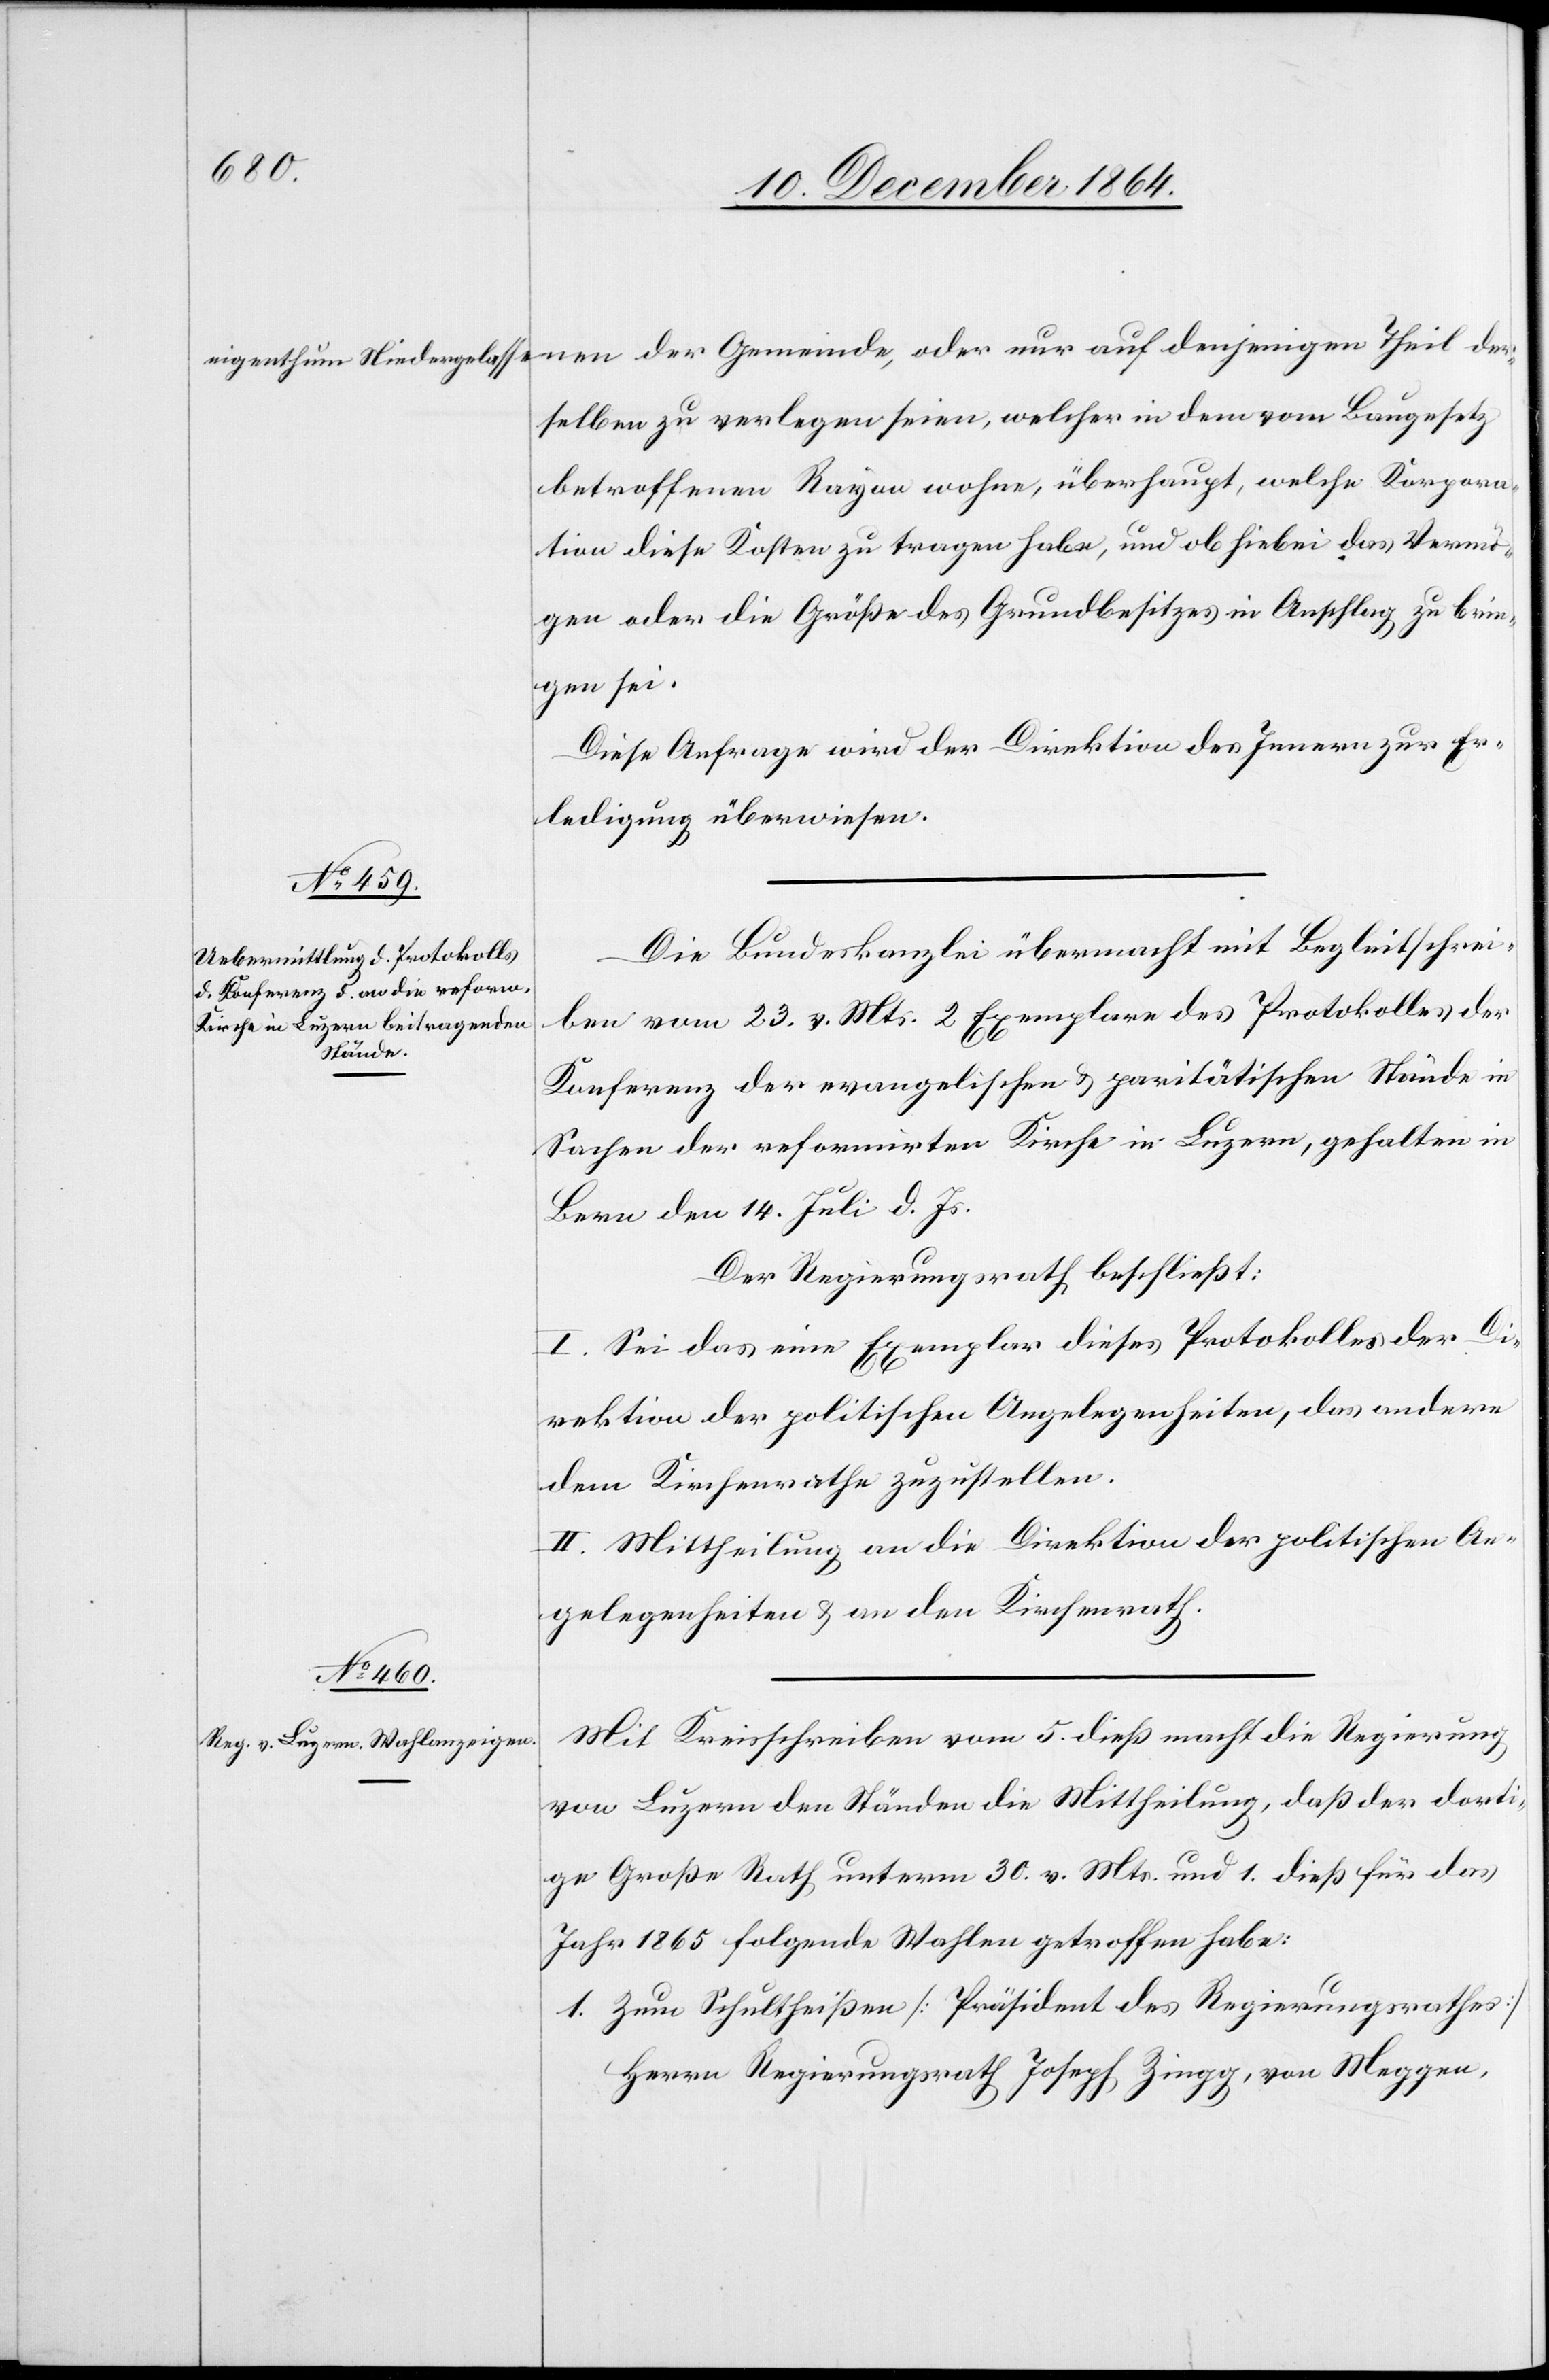
eigenthum Niedergelasse-anen der Gemeinde, oder nur auf denjenigen Theil der¬
selben zu verlegen seien, welcher in dem vom Baugesetz
betroffenen Rayon wohne, überhaupt, welche Korpora¬
tion diese Kosten zu tragen habe, und ob hiebei das Vermö¬
gen oder die Größe des Grundbesitzes in Anschlag zu brin¬
gen sei.
Diese Anfrage wird der Direktion des Innern zur Er¬
ledigung überwiesen.
Die Bundeskanzlei übermacht mit Begleitschrei¬
ben vom 23. v. Mts. 2 Exemplare des Protokolles der
Konferenz der evangelischen & paritätischen Stände in
Sachen der reformirten Kirche in Luzern, gehalten in
Bern den 14. Juli d. Js.
Der Regierungsrath beschließt:
I. Sei das eine Exemplar dieses Protokolles der Di¬
rektion der politischen Angelegenheiten, das andere
dem Kirchenrathe zuzustellen.
II. Mittheilung an die Direktion der politischen An¬
gelegenheiten & an den Kirchenrath.
Mit Kreisschreiben vom 5. dieß macht die Regierung
von Luzern den Ständen die Mittheilung, daß der dorti¬
ge Große Rath unterm 30. v. Mts. und 1. dieß für das
Jahr 1865 folgende Wahlen getroffen habe:
1. Zum Schultheißen [Präsident des Regierungsrathes]
Herrn Regierungsrath Joseph Zingg, von Meggen,